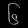
Digit: ၆